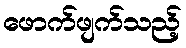
ဖောက်ဖျက်သည့်